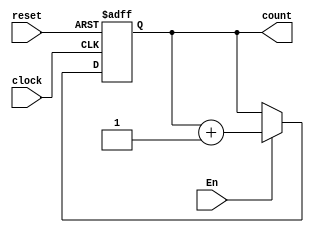
`timescale 1ns / 1ps

module PC (clock, reset, En, count);
	
	input clock, reset, En;
	output reg [7:0] count;
	
	always @ (posedge clock or negedge reset)
	begin
		if (!reset)
			count <= 0;
		else if (En == 1'b1)
			count <= count + 1;
	end
	
endmodule